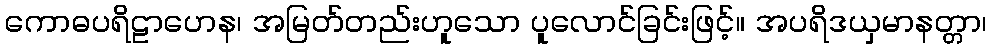
ကောဓပရိဠာဟေန၊ အမြတ်တည်းဟူသော ပူလောင်ခြင်းဖြင့်။ အပရိဒယှမာနတ္တာ၊